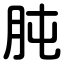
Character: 肫